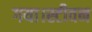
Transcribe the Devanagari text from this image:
गया।स्टीवन